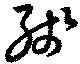
殘